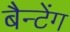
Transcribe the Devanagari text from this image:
बैन्टेंग